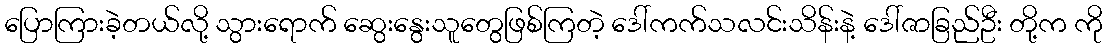
ပြောကြားခဲ့တယ်လို့ သွားရောက် ဆွေးနွေးသူတွေဖြစ်ကြတဲ့ ဒေါ်ကက်သလင်းသိန်းနဲ့ ဒေါ်ဇာခြည်ဦး တို့က ကို